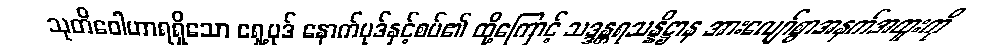
သုတိဝေါဟာရရှိသော ရှေ့ပုဒ် နောက်ပုဒ်နှင့်စပ်၏ ထို့ကြောင့် သဒ္ဒန္တရသန္နိဋ္ဌာန အားလျော်စွာအနက်အထူးကို